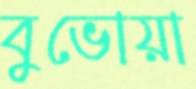
বুভোয়া